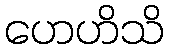
ဟေဟိသိ